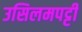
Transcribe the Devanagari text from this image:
उसिलमपट्टी